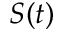
S ( t )